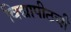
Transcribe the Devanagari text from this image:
विद्यापीठची